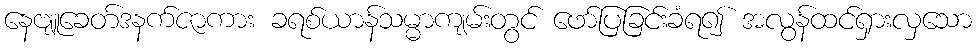
နေဗျူခေတ်ဒနက်ဇာကား ခရစ်ယာန်သမ္မာကျမ်းတွင် ဖော်ပြခြင်းခံရ၍ အလွန်ထင်ရှားလှသော